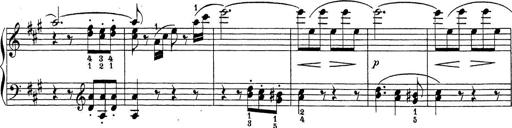
Title: Sonatina Album
Composer: Louis KÃ¶hler